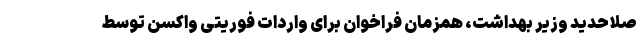
صلاحدید وزیر بهداشت، همزمان فراخوان برای واردات فوریتی واکسن توسط